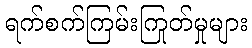
ရက်စက်ကြမ်းကြုတ်မှုများ